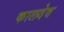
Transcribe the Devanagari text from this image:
कालदेव